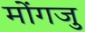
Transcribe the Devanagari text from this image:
मोंगजु